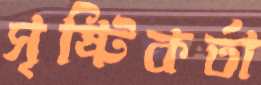
সৃষ্টিকর্তা